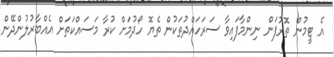
އެ ޓީމުން ތޮރުފަން ނިންމާފައިވާ ސަރަހައްދުތަކުން ތެޔޮ ހޯދުމަށް ކުރާ މަސައްކަތަށް އެއްބާރުލުންދޭން